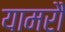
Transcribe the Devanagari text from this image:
यामरौ